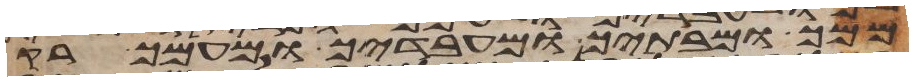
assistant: ממך ומבתיך ומעבדיך ומעמך רק